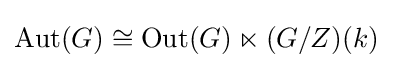
\operatorname {Aut} (G)\cong \operatorname {Out} (G)\ltimes (G/Z)(k)